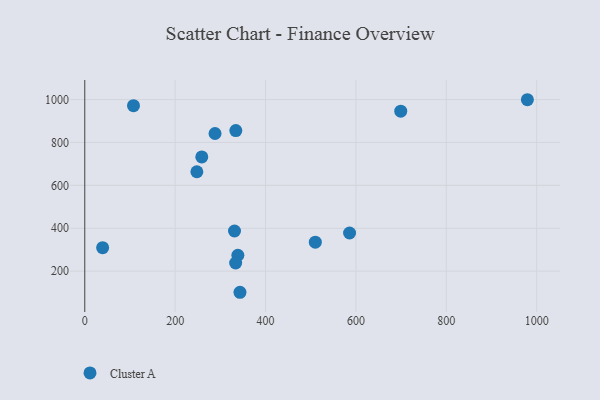
{"axis": {"x": "Investment", "y": "Exam Score"}, "legend": ["Cluster A"], "data": [{"x": "510.1", "y": 335.3, "type": "Cluster A"}, {"x": "39.5", "y": 309.3, "type": "Cluster A"}, {"x": "699.1", "y": 945.8, "type": "Cluster A"}, {"x": "343.4", "y": 101.5, "type": "Cluster A"}, {"x": "338.7", "y": 274.2, "type": "Cluster A"}, {"x": "258.9", "y": 732.5, "type": "Cluster A"}, {"x": "585.9", "y": 377.8, "type": "Cluster A"}, {"x": "334.2", "y": 855.3, "type": "Cluster A"}, {"x": "248.0", "y": 663.4, "type": "Cluster A"}, {"x": "331.3", "y": 387.3, "type": "Cluster A"}, {"x": "333.8", "y": 238.0, "type": "Cluster A"}, {"x": "288.2", "y": 841.8, "type": "Cluster A"}, {"x": "107.8", "y": 971.7, "type": "Cluster A"}, {"x": "979.3", "y": 999.3, "type": "Cluster A"}]}